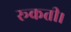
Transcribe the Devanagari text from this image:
रूकती।